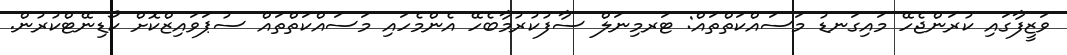
ވަޒީފާގައި ކުރަންޖެހޭ މައިގަނޑު މަސައްކަތްތައް: ޓަރމިނަލް ސާފުކުރުމާބެހޭ އެންމެހައި މަސައްކަތްތައް ސުޕަވައިޒްކޮށް ކޯޑިނޭޓްކުރުން.